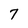
Character: 7